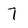
Character: 7